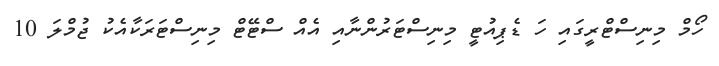
ހޯމް މިނިސްޓްރީގައި ހަ ޑެޕިއުޓީ މިނިސްޓަރުންނާއި އެއް ސްޓޭޓް މިނިސްޓަރަކާއެކު ޖުމްލަ 10